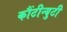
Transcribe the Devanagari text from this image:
कौंटीन्युटी